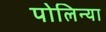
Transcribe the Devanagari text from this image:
पोलिन्या